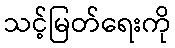
သင့်မြတ်ရေးကို